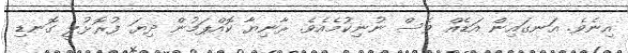
އިނެވެ. އަނގައިން އަޑެއް ވެސް ނުނިކުމެއެވެ. ރާނިޔާ ކޮއްޕަމުން ދިޔަ ފުރޮޅުލީ ގޮނޑި